Vaccination in Burma 1900-1911 - 1900-1911
Year: 1900
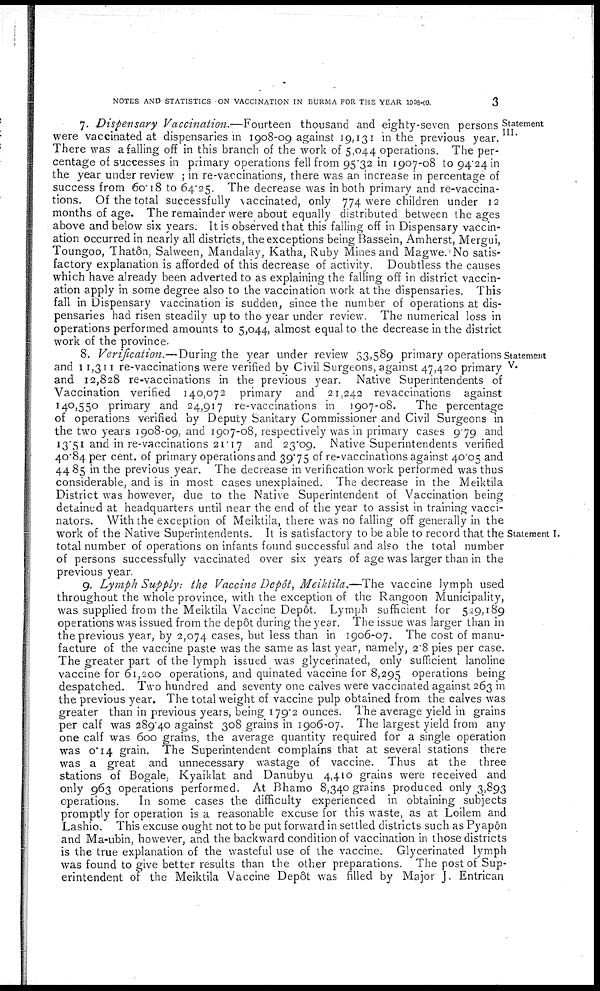
NOTES AND STATISTICS ON VACCINATION IN BURMA FOR THE YEAR 1908-09.
3
Statement
III.
7. Dispensary Vaccination.—Fourteen thousand and eighty-seven persons
were vaccinated at dispensaries in 1908-09 against 19,131 in the previous year.
There was a falling off in this branch of the work of 5,044 operations. The per-
centage of successes in primary operations fell from 95.32 in 1907-08 to 94.24 in
the year under review ; in re-vaccinations, there was an increase in percentage of
success from 60.18 to 64.25. The decrease was in both primary and re-vaccina-
tions. Of the total successfully vaccinated, only 774 were children under 12
months of age. The remainder were about equally distributed between the ages
above and below six years. It is observed that this falling off in Dispensary vaccin-
ation occurred in nearly all districts, the exceptions being Bassein, Amherst, Mergui,
Toungoo, Thatôn, Salween, Mandalay, Katha, Ruby Mines and Magwe. No satis-
factory explanation is afforded of this decrease of activity. Doubtless the causes
which have already been adverted to as explaining the falling off in district vaccin-
ation apply in some degree also to the vaccination work at the dispensaries. This
fall in Dispensary vaccination is sudden, since the number of operations at dis-
pensaries had risen steadily up to the year under review. The numerical loss in
operations performed amounts to 5,044, almost equal to the decrease in the district
work of the province.
Statement
V.
Statement I.
8. Verification.—During the year under review 33,589 primary operations
and 11,311 re-vaccinations were verified by Civil Surgeons, against 47,420 primary
and 12,828 re-vaccinations in the previous year. Native Superintendents of
Vaccination verified 140,072 primary and 21,242 revaccinations against
140,550 primary and 24,917 re-vaccinations in 1907-08.
The percentage
of operations verified by Deputy Sanitary Commissioner and Civil Surgeons in
the two years 1908-09, and 1907-08, respectively was in primary cases 9.79 and
13.51 and in re-vaccinations 21.17 and 23.09. Native Superintendents verified
40.84 per cent. of primary operations and 39.75 of re-vaccinations against 40.05 and
44 85 in the previous year. The decrease in verification work performed was thus
considerable, and is in most cases unexplained. The decrease in the Meiktila
District was however, due to the Native Superintendent of Vaccination being
detained at headquarters until near the end of the year to assist in training vacci-
nators. With the exception of Meiktila, there was no falling off generally in the
work of the Native Superintendents. It is satisfactory to be able to record that the
total number of operations on infants found successful and also the total number
of persons successfully vaccinated over six years of age was larger than in the
previous year.
9. Lymph Supply: the Vaccine Depôt, Meiktila.— The vaccine lymph used
throughout the whole province, with the exception of the Rangoon Municipality,
was supplied from the Meiktila Vaccine Depôt. Lymph sufficient for 529,189
operations was issued from the depôt during the year. The issue was larger than in
the previous year, by 2,074 cases, but less than in 1906-07. The cost of manu-
facture of the vaccine paste was the same as last year, namely, 2.8 pies per case.
The greater part of the lymph issued was glycerinated, only sufficient lanoline
vaccine for 61,200 operations, and quinated vaccine for 8,295 operations being
despatched. Two hundred and seventy one calves were vaccinated against 263 in
the previous year. The total weight of vaccine pulp obtained from the calves was
greater than in previous years, being 179.2 ounces. The average yield in grains
per calf was 289.40 against 308 grains in 1906-07. The largest yield from any
one calf was 600 grains, the average quantity required for a single operation
was 0.14 grain. The Superintendent complains that at several stations there
was a great and unnecessary wastage of vaccine. Thus at the three
stations of Bogale, Kyaiklat and Danubyu 4,410 grains were received and
only 963 operations performed. At Bhamo 8,340 grains produced only 3,893
operations.
In some cases the difficulty experienced in obtaining subjects
promptly for operation is a reasonable excuse for this waste, as at Loilem and
Lashio. This excuse ought not to be put forward in settled districts such as Pyapôn
and Ma-ubin, however, and the backward condition of vaccination in those districts
is the true explanation of the wasteful use of the vaccine. Glycerinated lymph
was found to give better results than the other preparations. The post of Sup-
erintendent of the Meiktila Vaccine Depôt was filled by Major J. Entrican